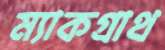
ম্যাকগ্রাথ